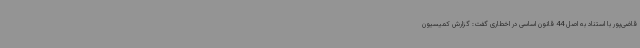
قاضی‌پور با استناد به اصل 44 قانون اساسی در اخطاری گفت: گزارش کمیسیون